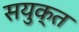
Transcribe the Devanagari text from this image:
सयुक्‍त